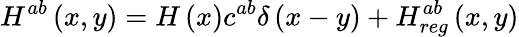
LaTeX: H^{ab}\left(x,y\right)=H\left(x\right)c^{ab}\delta\left(x-y\right)+H_{reg}^{ab}\left(x,y\right)